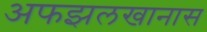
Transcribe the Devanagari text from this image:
अफझलखानास